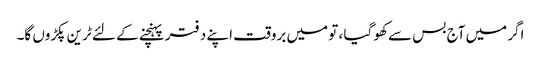
اگر میں آج بس سے کھو گیا ، تو میں بروقت اپنے دفتر پہنچنے کے لئے ٹرین پکڑوں گا۔